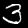
Digit: 3